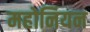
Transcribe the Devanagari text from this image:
महोनियन